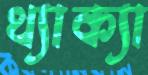
থ্যাক্যা